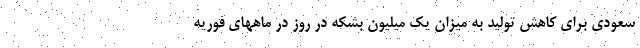
سعودی برای کاهش تولید به میزان یک میلیون بشکه در روز در ماههای فوریه